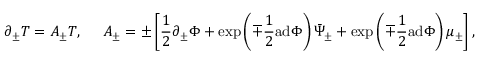
\partial _ { \pm } T = A _ { \pm } T , { } ~ ~ ~ ~ A _ { \pm } = \pm \left[ \frac { 1 } { 2 } \partial _ { \pm } \Phi + \exp \left( \mp \frac { 1 } { 2 } \mathrm { a d } \Phi \right) \bar { \Psi } _ { \pm } + \exp \left( \mp \frac { 1 } { 2 } \mathrm { a d } \Phi \right) \mu _ { \pm } \right] ,